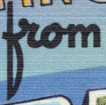
from